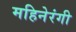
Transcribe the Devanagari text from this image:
महिनेरंगी